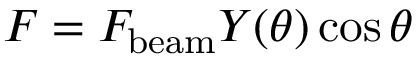
F = F _ { \mathrm { b e a m } } Y ( \theta ) \cos \theta